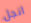
انجل